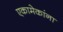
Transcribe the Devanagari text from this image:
एकामेकांना